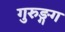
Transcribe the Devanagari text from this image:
गुरुङ्गग